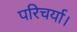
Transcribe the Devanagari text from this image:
परिचर्या।